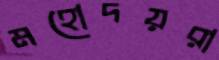
মহোদয়রা